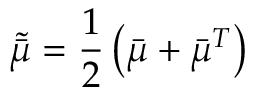
\tilde { \bar { \mu } } = \frac { 1 } { 2 } \left( \bar { \mu } + \bar { \mu } ^ { T } \right)